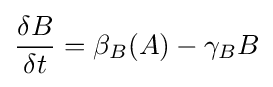
{\frac {\delta B}{\delta t}}=\beta _{B}(A)-\gamma _{B}B